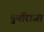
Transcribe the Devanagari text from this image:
दुर्योराजा